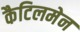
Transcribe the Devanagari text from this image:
कैटिलमेन